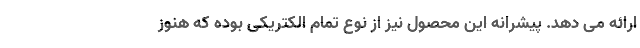
ارائه می دهد. پیشرانه این محصول نیز از نوع تمام الکتریکی بوده که هنوز